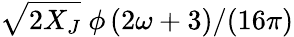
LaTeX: \sqrt{2X_{J}}~\phi\left(2\omega+3)/(16\pi\right)